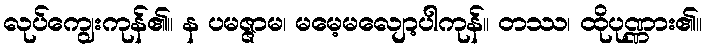
လုပ်ကျွေးကုန်၏။ န ပမဇ္ဇာမ၊ မမေ့မလျော့ပါကုန်။ တဿ၊ ထိုပုဏ္ဏား၏။